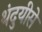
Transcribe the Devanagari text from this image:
थंदुयीसे